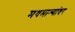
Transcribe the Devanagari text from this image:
मधमाश्यांवर